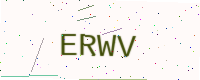
Text: ERWV